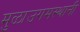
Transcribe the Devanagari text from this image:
मुळाउगमस्थानी